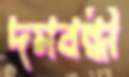
দমবন্ধী